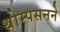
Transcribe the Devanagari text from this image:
थोम्पसनने